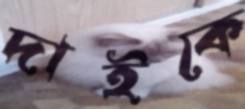
দাইকে